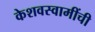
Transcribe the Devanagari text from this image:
केशवस्वामींची